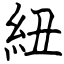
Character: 紐